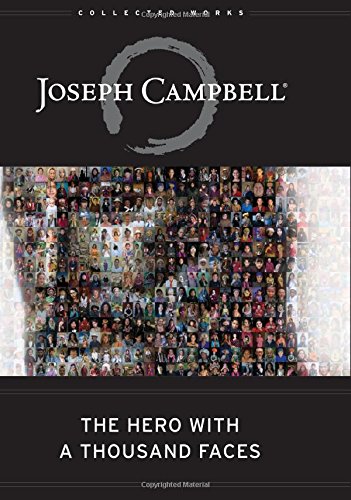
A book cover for The Hero with a Thousand Faces (The Collected Works of Joseph Campbell); Joseph Campbell; Medical Books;